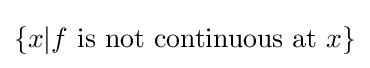
\{x|f{\text{ is not continuous at }}x\}